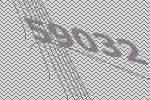
59032